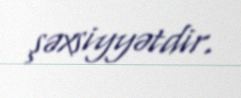
şəxsiyyətdir.